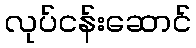
လုပ်ငန်းဆောင်